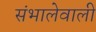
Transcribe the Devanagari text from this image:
संभालेवाली